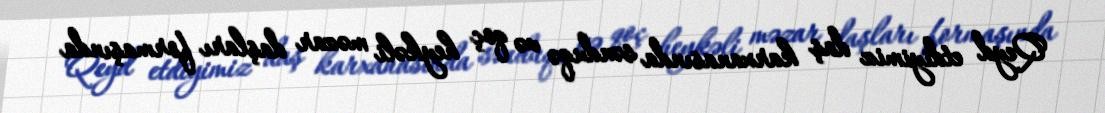
Qeyd etdiyimiz daş karxanasında sənduqə və qoç heykəli məzar daşları formaşında